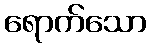
ရောက်သော